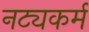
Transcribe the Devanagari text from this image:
नट्यकर्म